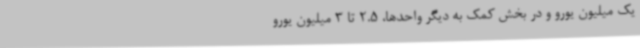
یک میلیون یورو و در بخش کمک به دیگر واحدها، 2.5 تا 3 میلیون یورو